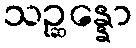
သဉ္ဆန္နော